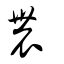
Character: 𨑋